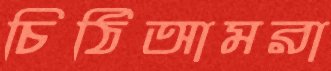
চিঠিআমরা